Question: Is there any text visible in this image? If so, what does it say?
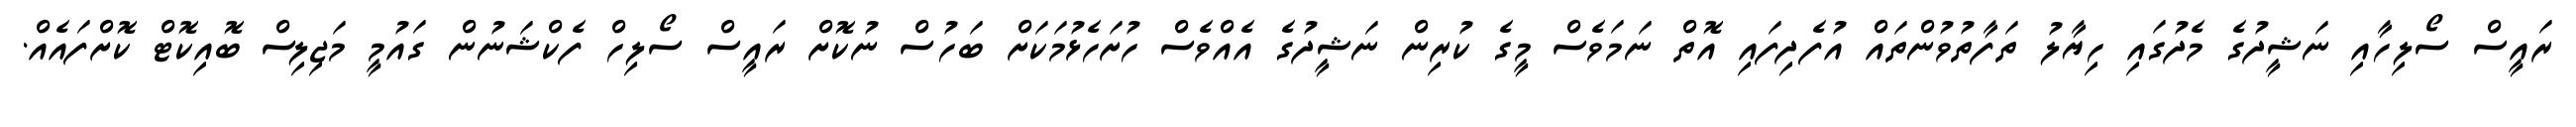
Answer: ރައީސް ސޯލިހާއި ނަޝީދުގެ މެދުގައި ހިޔާލު ތަފާތުވުންތައް އުފެދިފައި އޮތް ނަމަވެސް މީގެ ކުރިން ނަޝީދުގެ އެއްވެސް ހުށަހެޅުމަކަށް ބަހުސް ނުކޮށް ރައީސް ސޯލިހް ފެކްޝަނުން ގައުމީ މަޖިލިސް ބޮއިކޮޓް ކޮށްފައެއް.